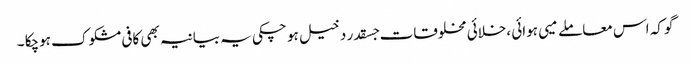
گو کہ اس معاملے میی ہوائی ،خلائی مخلوقات جسقدر دخیل ہو چکی یہ بیانیہ بھی کافی مشکوک ہوچکا ۔